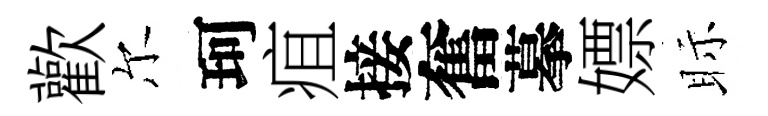
歡尔珂疽接奮摹嫖眎